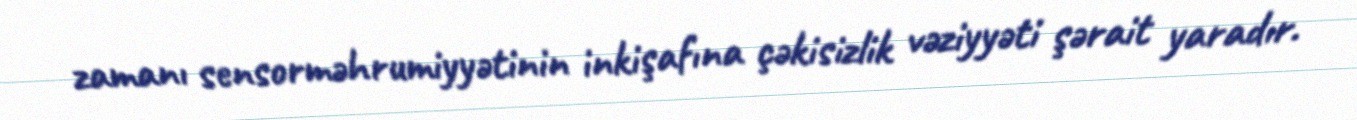
zamanı sensorməhrumiyyətinin inkişafına çəkisizlik vəziyyəti şərait yaradır.